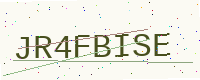
Text: JR4FBISE